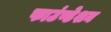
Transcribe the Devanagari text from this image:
फाउंण्डेशन